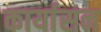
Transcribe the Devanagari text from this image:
कार्यासन